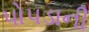
પોપડાની